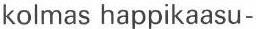
kolmas happikaasu-